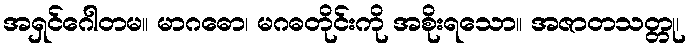
အရှင်ဂေါတမ။ မာဂဓော၊ မဂဓတိုင်းကို အစိုးရသော။ အဇာတသတ္တု၊